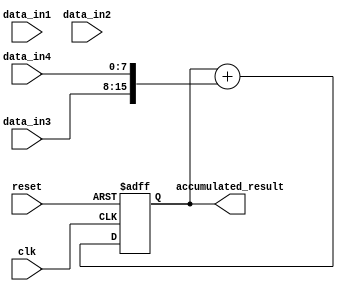
module parallel_accumulator (
  input wire clk,
  input wire reset,
  input wire [7:0] data_in1,
  input wire [7:0] data_in2,
  input wire [7:0] data_in3,
  input wire [7:0] data_in4,
  output wire [15:0] accumulated_result
);

  reg [15:0] accumulator;

  always @(posedge clk or posedge reset) begin
    if (reset) begin
      accumulator <= 16'b0;
    end else begin
      accumulator <= accumulator + {data_in1, data_in2, data_in3, data_in4};
    end
  end

  assign accumulated_result = accumulator;

endmodule